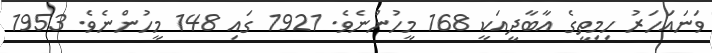
ވަނައަހަރު ހިމިތީގެ އާބާދީއަކީ 168 މީހުންނެވެ. 1921 ގައި 148 މީހުންނެވެ. 1953